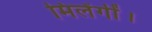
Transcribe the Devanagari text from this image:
मिलेंगीं।